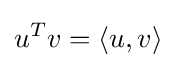
u^{T}v=\langle u,v\rangle